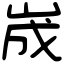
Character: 𡷫